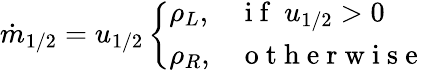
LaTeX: \dot{m}_{1/2}=u_{1/2}\left\{ \begin{array}{ll}{\rho_{L},}&{\mathrm{~i~f~}\ u_{1/2}>0}\\ {\rho_{R},}&{\mathrm{~o~t~h~e~r~w~i~s~e~}}\end{array}\right.